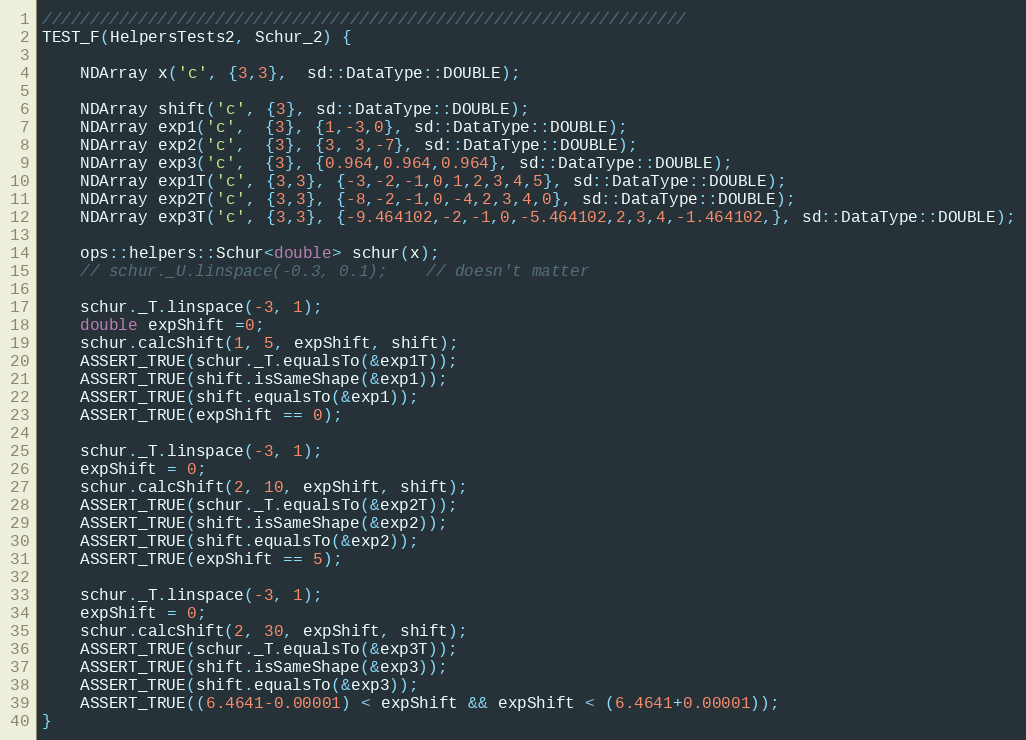
Language: C++
///////////////////////////////////////////////////////////////////
TEST_F(HelpersTests2, Schur_2) {

    NDArray x('c', {3,3},  sd::DataType::DOUBLE);

    NDArray shift('c', {3}, sd::DataType::DOUBLE);
    NDArray exp1('c',  {3}, {1,-3,0}, sd::DataType::DOUBLE);
    NDArray exp2('c',  {3}, {3, 3,-7}, sd::DataType::DOUBLE);
    NDArray exp3('c',  {3}, {0.964,0.964,0.964}, sd::DataType::DOUBLE);
    NDArray exp1T('c', {3,3}, {-3,-2,-1,0,1,2,3,4,5}, sd::DataType::DOUBLE);
    NDArray exp2T('c', {3,3}, {-8,-2,-1,0,-4,2,3,4,0}, sd::DataType::DOUBLE);
    NDArray exp3T('c', {3,3}, {-9.464102,-2,-1,0,-5.464102,2,3,4,-1.464102,}, sd::DataType::DOUBLE);

    ops::helpers::Schur<double> schur(x);
    // schur._U.linspace(-0.3, 0.1);    // doesn't matter

    schur._T.linspace(-3, 1);
    double expShift =0;
    schur.calcShift(1, 5, expShift, shift);
    ASSERT_TRUE(schur._T.equalsTo(&exp1T));
    ASSERT_TRUE(shift.isSameShape(&exp1));
    ASSERT_TRUE(shift.equalsTo(&exp1));
    ASSERT_TRUE(expShift == 0);

    schur._T.linspace(-3, 1);
    expShift = 0;
    schur.calcShift(2, 10, expShift, shift);
    ASSERT_TRUE(schur._T.equalsTo(&exp2T));
    ASSERT_TRUE(shift.isSameShape(&exp2));
    ASSERT_TRUE(shift.equalsTo(&exp2));
    ASSERT_TRUE(expShift == 5);

    schur._T.linspace(-3, 1);
    expShift = 0;
    schur.calcShift(2, 30, expShift, shift);
    ASSERT_TRUE(schur._T.equalsTo(&exp3T));
    ASSERT_TRUE(shift.isSameShape(&exp3));
    ASSERT_TRUE(shift.equalsTo(&exp3));
    ASSERT_TRUE((6.4641-0.00001) < expShift && expShift < (6.4641+0.00001));
}